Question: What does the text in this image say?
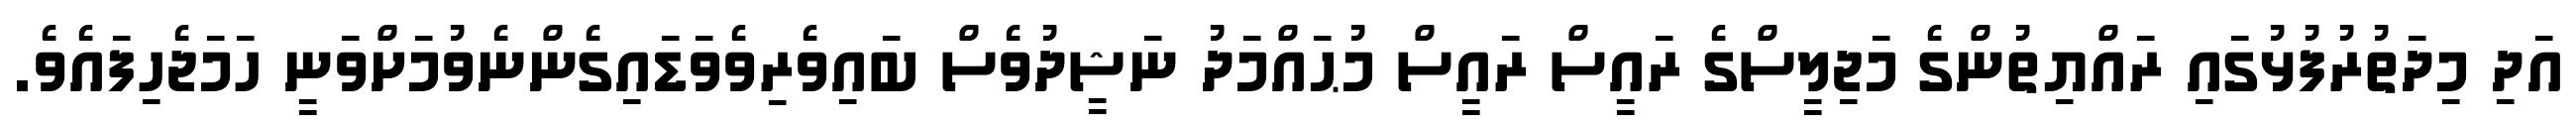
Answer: އަދި މިދަތުރުފުޅުގައި ރައްޔިތުންގެ މަޖިލީސްގެ ރައީސް ރައީސް މުޙައްމަދު ނަޝީދުވެސް ބައިވެރިވެވަޑައިގެންނެވުމަށްވަނީ ހަމަޖެހިފައެވެ.